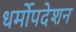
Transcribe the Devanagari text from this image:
धर्मोपदेशन